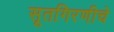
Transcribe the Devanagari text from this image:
सूतगिरणीचे